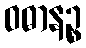
ဝဓာနဉ္စ